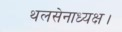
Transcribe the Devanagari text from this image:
थलसेनाध्यक्ष।